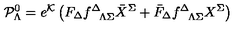
{ \cal P } _ { \Lambda } ^ { 0 } = e ^ { \cal K } \left( F _ { \Delta } f _ { \phantom { \Delta } \Lambda \Sigma } ^ { \Delta } { \bar { X } } ^ { \Sigma } + { \bar { F } } _ { \Delta } f _ { \phantom { \Delta } \Lambda \Sigma } ^ { \Delta } { X } ^ { \Sigma } \right)